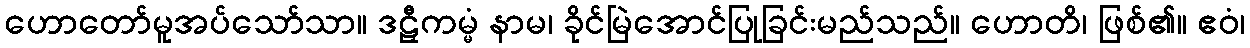
ဟောတော်မူအပ်သော်သာ။ ဒဠှီကမ္မံ နာမ၊ ခိုင်မြဲအောင်ပြုခြင်းမည်သည်။ ဟောတိ၊ ဖြစ်၏။ ဧဝံ၊